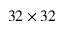
3 2 \times 3 2